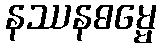
နဿနဓမ္မေ